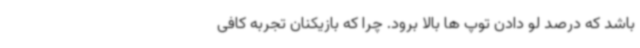
باشد که درصد لو دادن توپ ها بالا برود. چرا که بازیکنان تجربه کافی